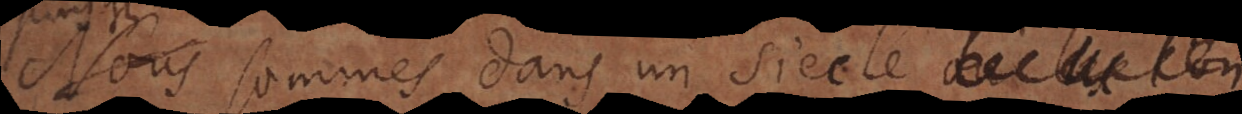
nous sommes dans un siecle qui